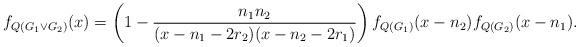
LaTeX: \begin{align*}f_{Q(G_1 \vee G_2 )}(x) = \left( {1 - \frac{{n_1 n_2 }}{{(x - n_1- 2r_2 )(x - n_2 - 2r_1 )}}} \right) f_{Q(G_1) } (x - n_2)f_{Q(G_2) } (x - n_1 ).\end{align*}